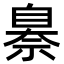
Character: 𦤗